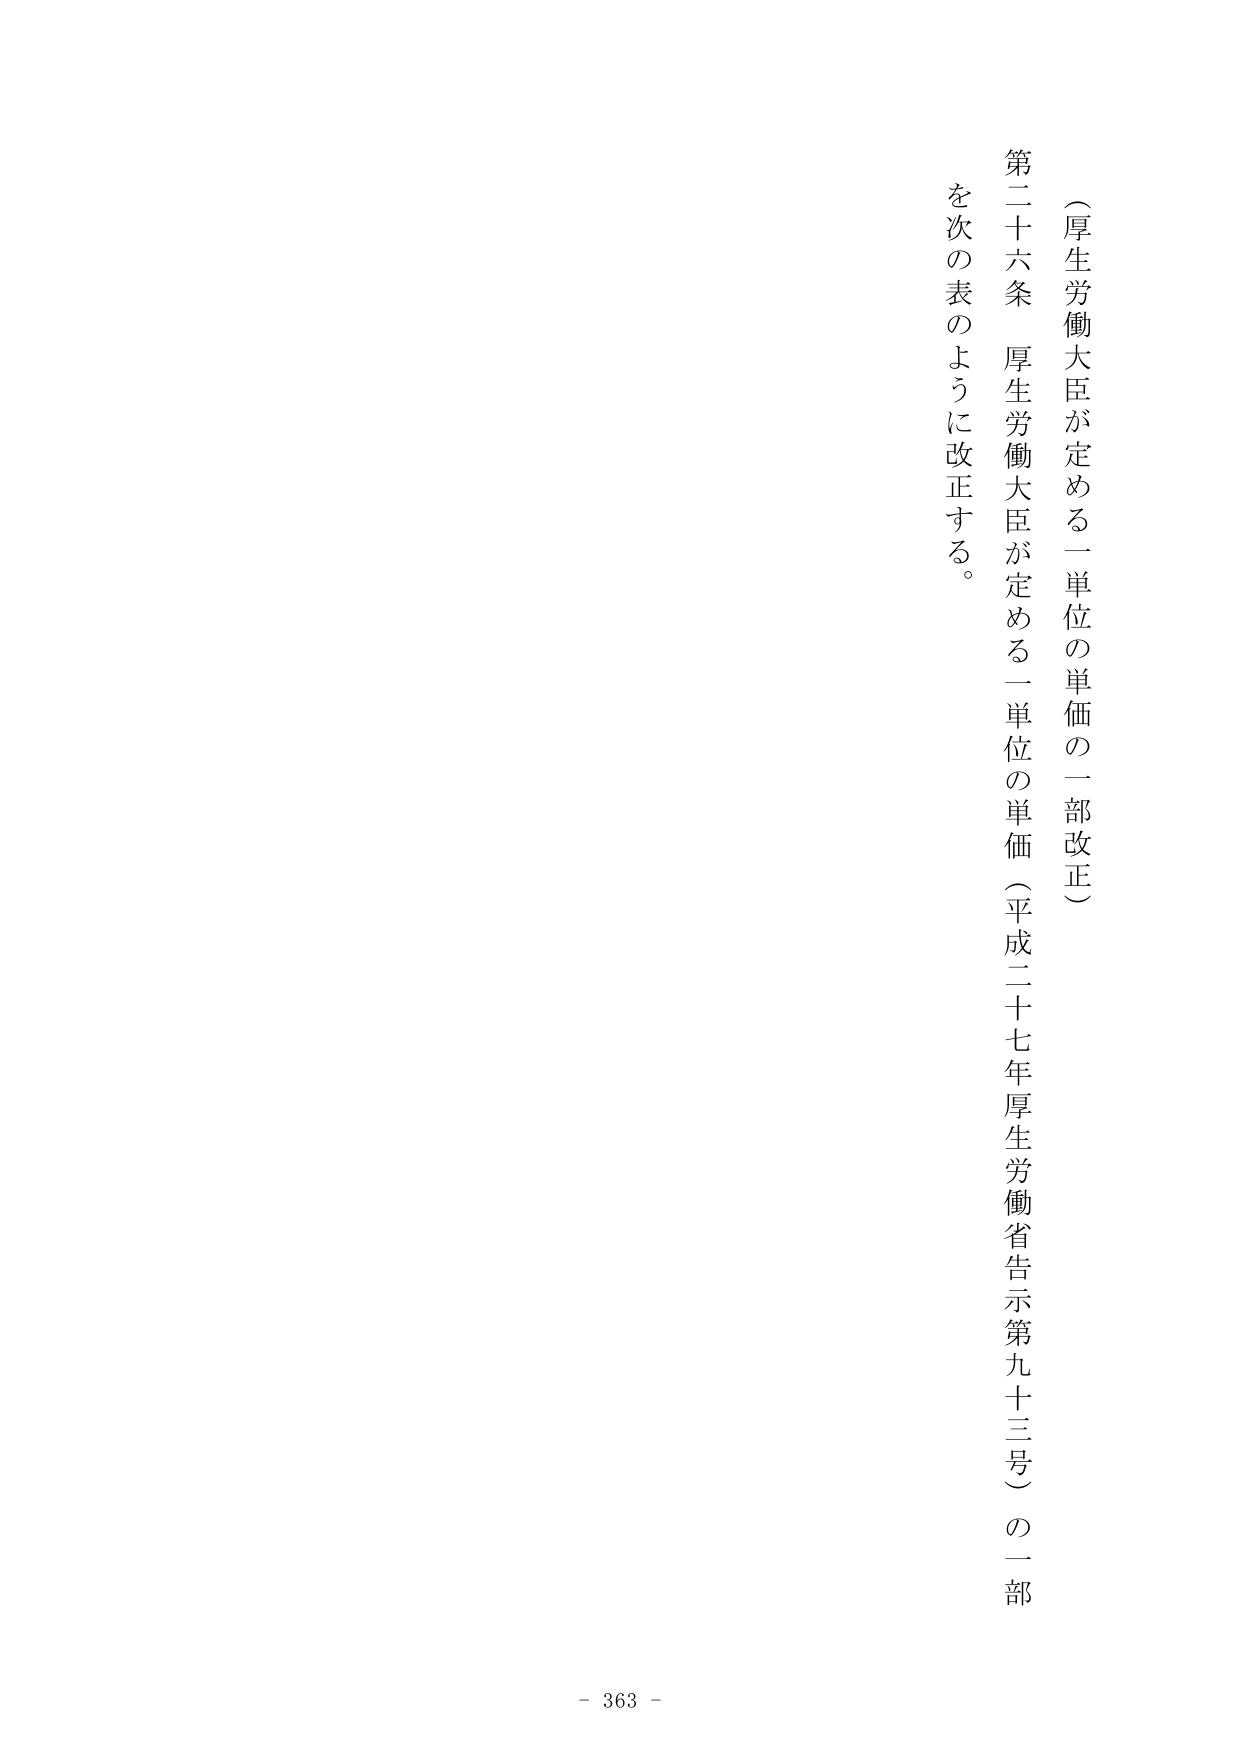
（厚生労働大臣が定める一単位の単価の一部改正）

第二十六条 厚生労働大臣が定める一単位の単価（平成二十七年厚生労働省告示第九十三号）の一部を次の表のように改正する。

- 363 -